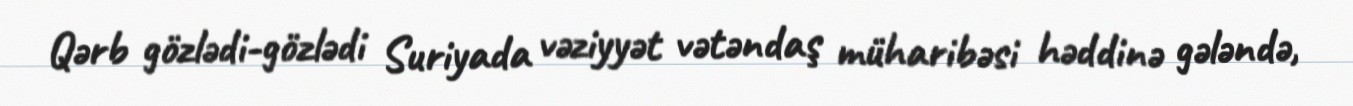
Qərb gözlədi-gözlədi Suriyada vəziyyət vətəndaş müharibəsi həddinə gələndə,